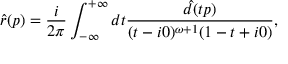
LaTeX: \hat { r } ( p ) = \frac { i } { 2 \pi } \int _ { - \infty } ^ { + \infty } d t \frac { \hat { d } ( t p ) } { ( t - i 0 ) ^ { \omega + 1 } ( 1 - t + i 0 ) } ,